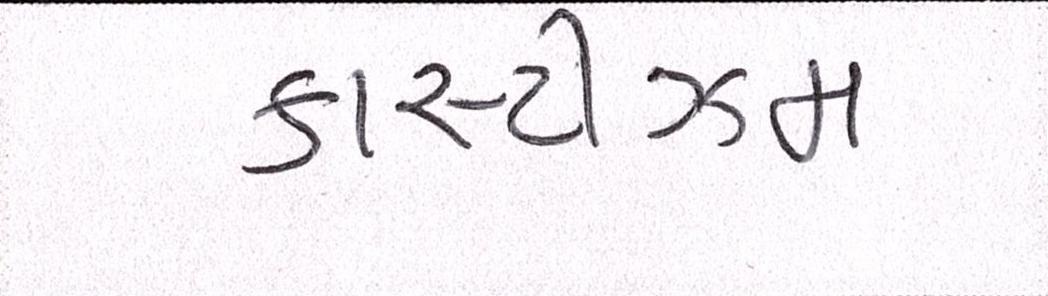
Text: કાસ્ટીઝમ